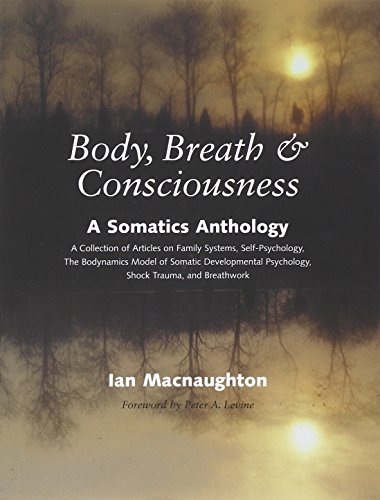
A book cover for Body, Breath, and Consciousness: A Somatics Anthology; Medical Books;